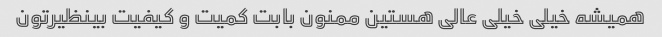
همیشه خیلی خیلی عالی هستین ممنون بابت کمیت و کیفیت بینظیرتون